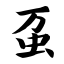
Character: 虿